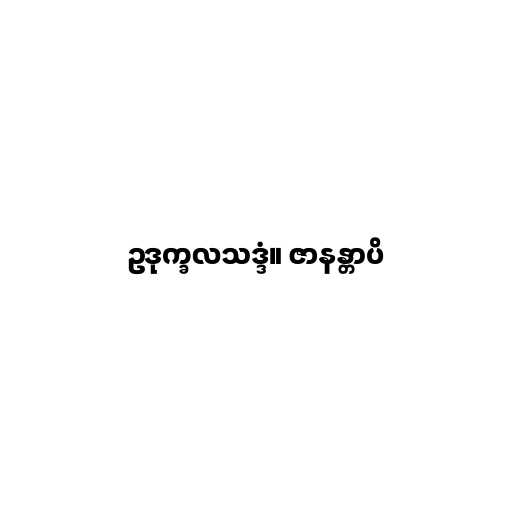
ဥဒုက္ခလသဒ္ဒံ။ ဇာနန္တာပိ